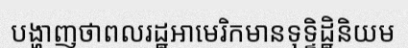
បង្ហាញថាពលរដ្ឋអាមេរិកមានទុទ្ទិដ្ឋិនិយម